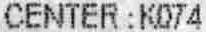
CENTER : K074